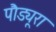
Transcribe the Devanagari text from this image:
पौड्यूरा